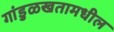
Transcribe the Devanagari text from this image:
गांडुळखतामधील